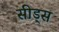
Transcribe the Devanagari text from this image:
सीड्‌स